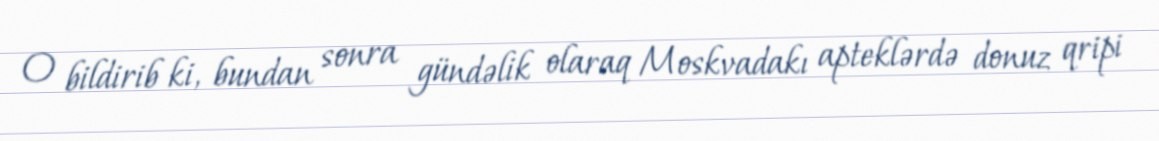
O bildirib ki, bundan sonra gündəlik olaraq Moskvadakı apteklərdə donuz qripi